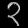
Digit: ၃